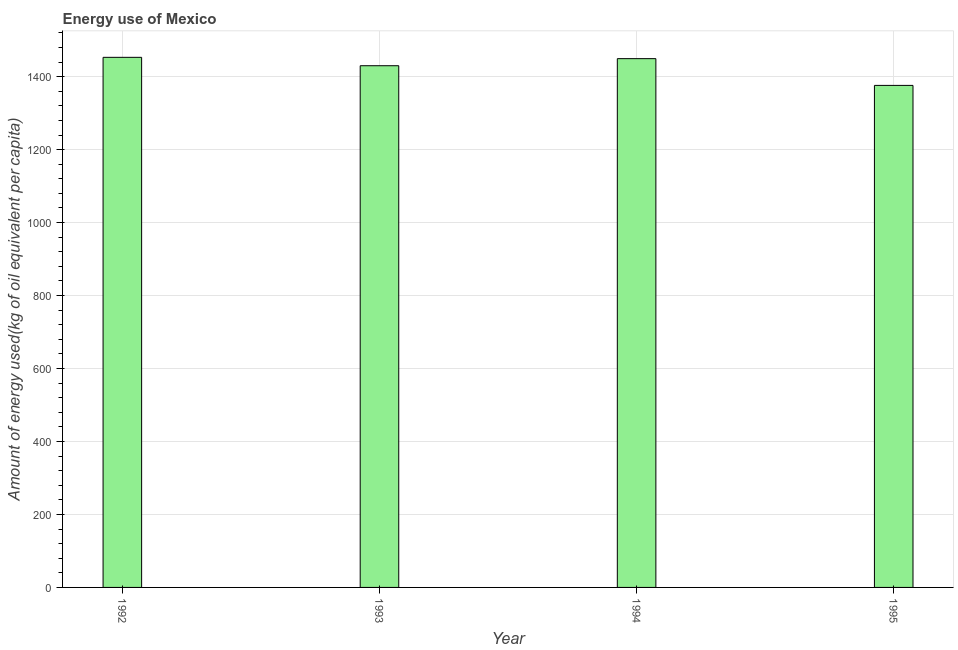
| Year | Energy use  |
 | --- | --- |
 | 1992 | 1.45e+03 |
 | 1993 | 1.43e+03 |
 | 1994 | 1.45e+03 |
 | 1995 | 1.38e+03 |